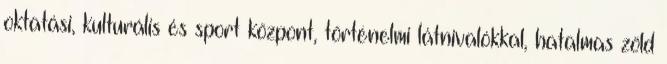
oktatási, kulturális és sport központ, történelmi látnivalókkal, hatalmas zöld